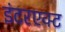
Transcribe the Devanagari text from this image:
इंटरएक्ट